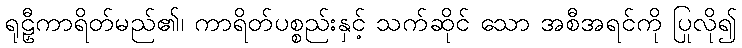
ရုဠှီကာရိတ်မည်၏၊ ကာရိတ်ပစ္စည်းနှင့် သက်ဆိုင် သော အစီအရင်ကို ပြုလို၍